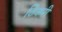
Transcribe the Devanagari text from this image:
ठिकरी